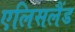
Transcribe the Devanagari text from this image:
एलिसलैंड